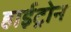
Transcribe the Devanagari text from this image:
हाईट्रोन